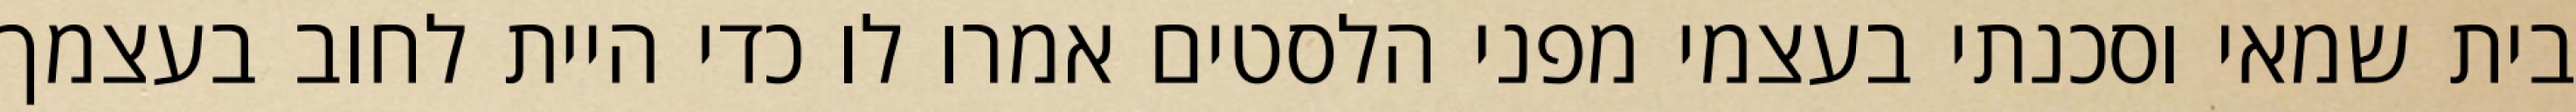
בית שמאי וסכנתי בעצמי מפני הלסטים אמרו לו כדי היית לחוב בעצמך